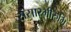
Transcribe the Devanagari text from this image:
संसारभीरुभि